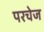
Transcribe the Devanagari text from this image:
परचेज